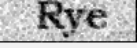
Rye